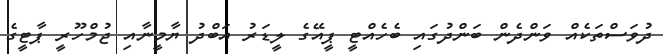
ދުވަސްތަކެއް ވަންދެން ބަންދުގައި ބެހެއްޓީ ޕީއޭގެ ލީޑަރު އަބްދު ޔާމީނާއި ޖުމްހޫރީ ޕާޓީގެ